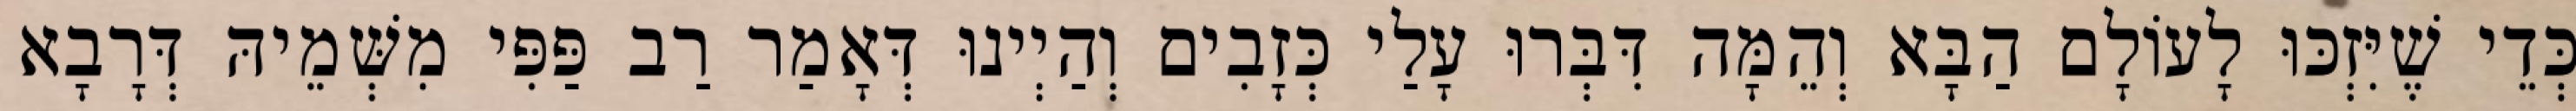
כְּדֵי שֶׁיִּזְכּוּ לָעוֹלָם הַבָּא וְהֵמָּה דִּבְּרוּ עָלַי כְּזָבִים וְהַיְינוּ דְּאָמַר רַב פַּפִּי מִשְּׁמֵיהּ דְּרָבָא